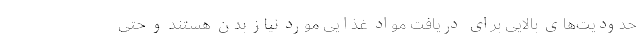
حدودیت‌های بالایی برای دریافت مواد غذایی مورد نیاز بدن هستند و حتی